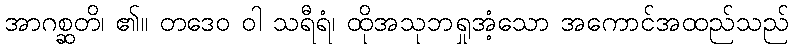
အာဂစ္ဆတိ၊ ၏။ တဒေဝ ဝါ သရီရံ၊ ထိုအသုဘရှုအံ့သော အကောင်အထည်သည်